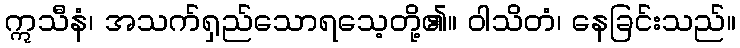
ဣသီနံ၊ အသက်ရှည်သောရသေ့တို့၏။ ဝါသိတံ၊ နေခြင်းသည်။